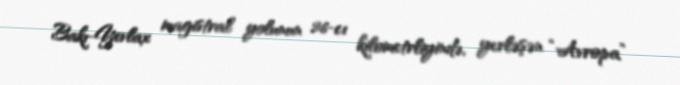
Bakı-Yevlax magistral yolunun 26-cı kilometrliyində, yerləşən “Avropa”